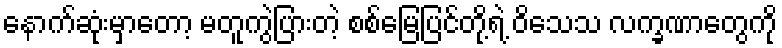
နောက်ဆုံးမှာတော့ မတူကွဲပြားတဲ့ စစ်မြေပြင်တို့ရဲ့ ဝိသေသ လက္ခဏာတွေကို